Document type: Barter
Year: 1304
Scribe: Pere Pometa
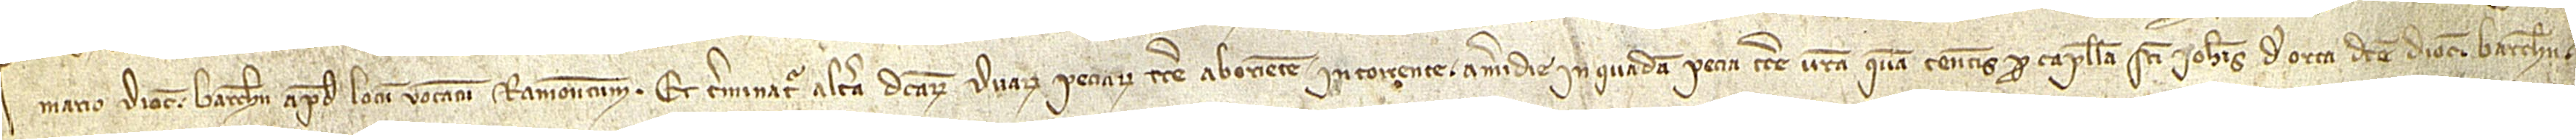
mario diocesis Barchinone, apud locum vocatum Ramonetum. Et terminatur altera dictarum duarum peciarum terre ab oriente in torrente, a meridie in quadam pecia terre vestra quam tenetis pro capella Sancti Iohannis de Orta dicte diocesis Barchinone,